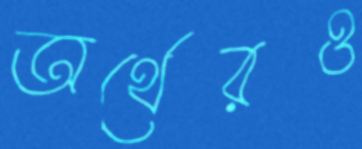
অর্থেরও